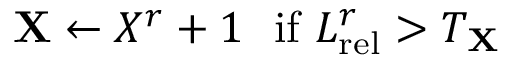
\mathbf { X } \leftarrow X ^ { r } + 1 \ \ \mathrm { i f } \ L _ { \mathrm { r e l } } ^ { r } > T _ { \mathbf { X } }